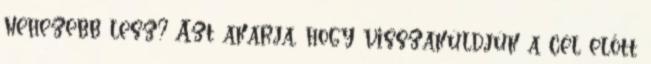
nehezebb lesz? Azt akarja, hogy visszaküldjük a cél előtt